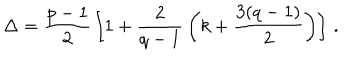
LaTeX: \Delta = { \frac { p - 1 } { 2 } } \left[ 1 + { \frac { 2 } { q - 1 } } \left( k + { \frac { 3 ( q - 1 ) } { 2 } } \right) \right] \, .